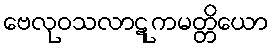
ဗေလုဝသလာဋုကမတ္တိယော